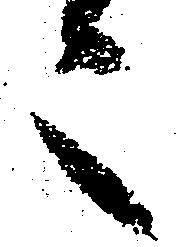
之